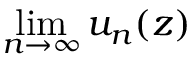
\operatorname* { l i m } _ { n \to \infty } u _ { n } ( z )